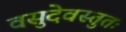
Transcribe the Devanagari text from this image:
वसुदेवस्तुतः